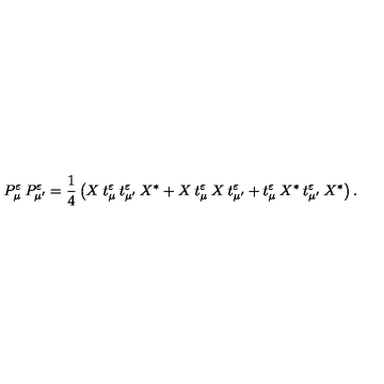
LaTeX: P _ { \mu } ^ { \varepsilon } \: P _ { \mu ^ { \prime } } ^ { \varepsilon } = \frac { 1 } { 4 } \left( X \: t _ { \mu } ^ { \varepsilon } \: t _ { \mu ^ { \prime } } ^ { \varepsilon } \: X ^ { * } + X \: t _ { \mu } ^ { \varepsilon } \: X \: t _ { \mu ^ { \prime } } ^ { \varepsilon } + t _ { \mu } ^ { \varepsilon } \: X ^ { * } \: t _ { \mu ^ { \prime } } ^ { \varepsilon } \: X ^ { * } \right) .